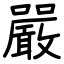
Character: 嚴